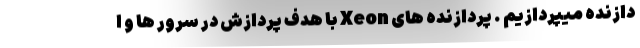
دازنده میپردازیم . پردازنده های Xeon با هدف پردازش در سرور ها و ا